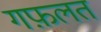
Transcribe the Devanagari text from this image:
गफ़लत